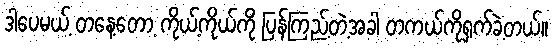
ဒါပေမယ့် တနေ့တော့ ကိုယ့်ကိုယ်ကို ပြန်ကြည့်တဲ့အခါ တကယ်ကိုရှက်ခဲ့တယ်။